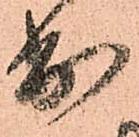
出